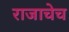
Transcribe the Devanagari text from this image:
राजाचेच